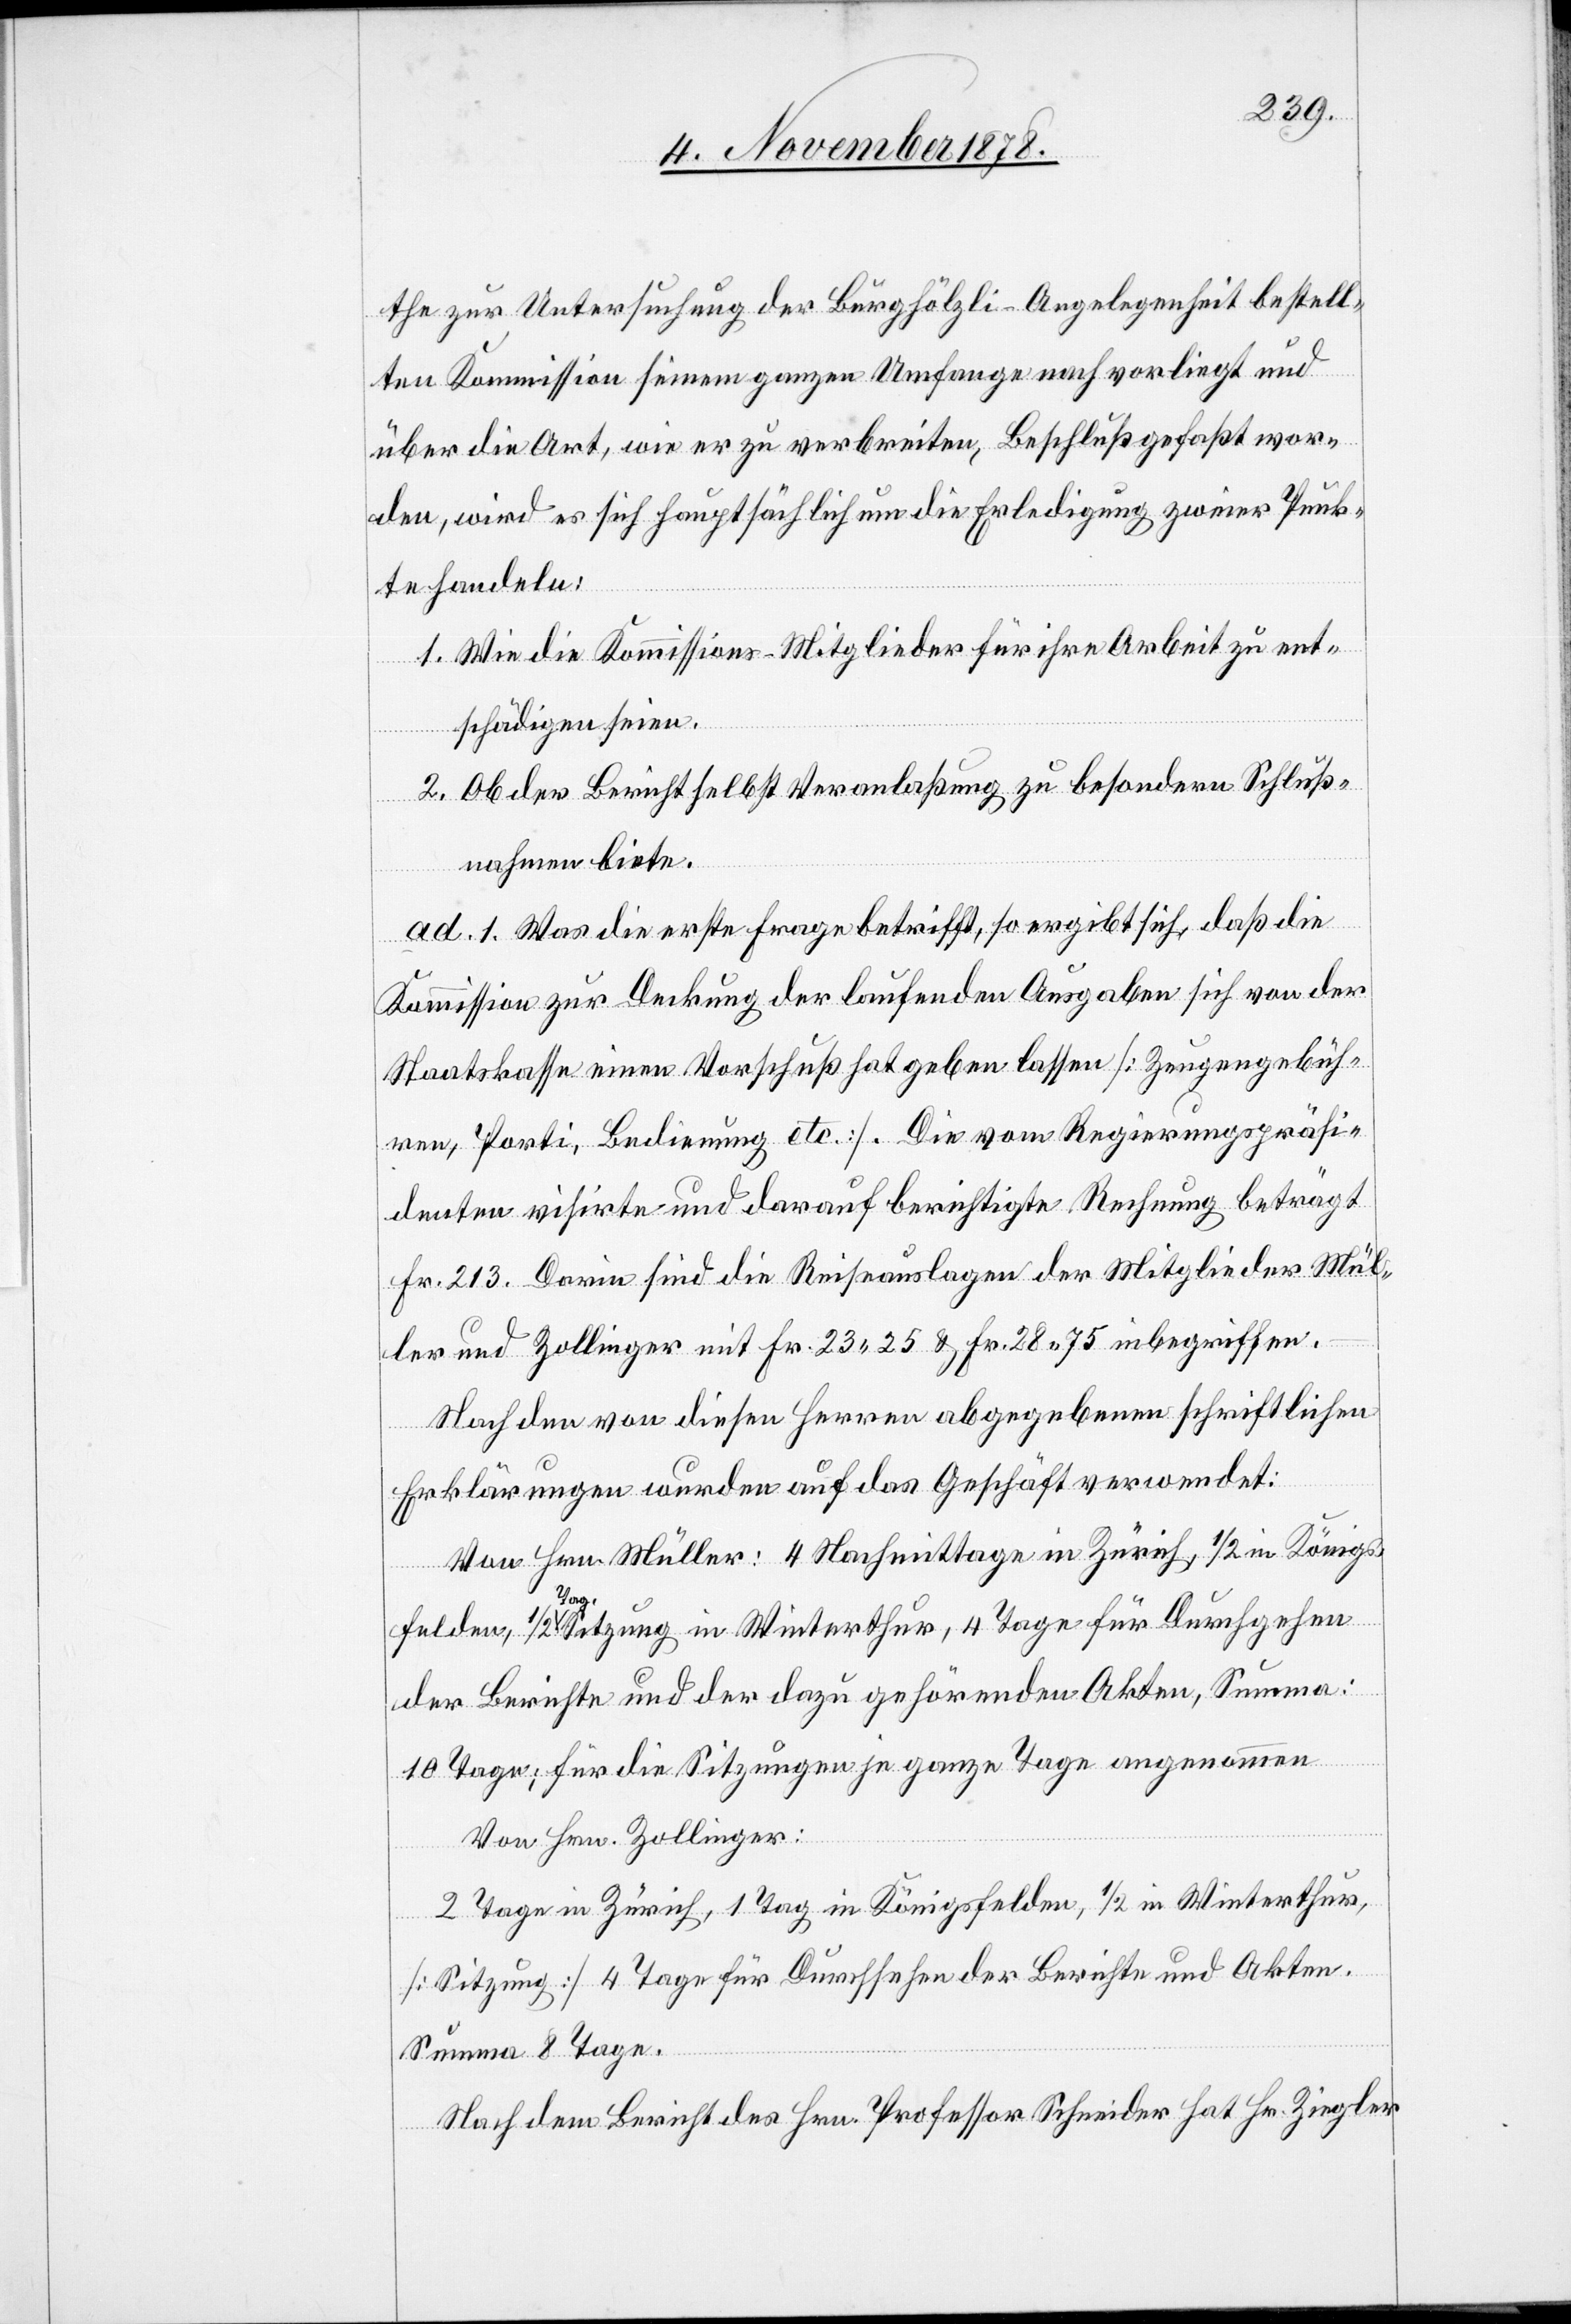
the zur Untersuchung der Burghölzli-Angelegenheit bestell¬
ten Kommission seinem ganzen Umfange nach vorliegt und
über die Art, wie er zu verbreiten, Beschluß gefaßt wor¬
den, wird es sich hauptsächlich um die Erledigung zweier Punk¬
te handeln:
1. Wie die Kommissions-Mitglieder für ihre Arbeit zu ent¬
schädigen seien.
2. Ob der Bericht selbst Veranlaßung zu besondern Schluß¬
nahmen biete.
ad. 1. Was die erste Frage betrifft, so ergibt sich, daß die
Kommission zur Deckung der laufenden Ausgaben sich von der
Staatskasse einen Vorschuß hat geben lassen [Zeugengebüh¬
ren, Porti, Bedingung etc.]. Die vom Regierungspräsi¬
denten visirte und darauf berichtigte Rechnung beträgt
Fr. 213. Darin sind die Reiseauslagen der Mitglieder d¬
ler und Zollinger mit Fr. 23 25 & Fr. 28 75 inbegriffen.
Nach dem von diesen Herren abgegebenen schriftlichen
Erklärungen wurden auf das Geschäft verwendet:
Von Hrn. Müller: 4 Nachmittage in Zürich, 1/2 in Königs¬
Mül¬
felden, 1/2 Tagsatzung in Winterthur, 4 Tage für Durchgehen
der Berichte und der dazu gehörenden Akten, Summa:
10 Tage; für die Sitzungen je ganze Tage angenommen
Von Hrn. Zollinger:
er
2 Tage in Zürich, 1 Tag in Königsfelden, 1/2 in Winterthur,
[Sitzung] 4 Tage für Durchsehen der Berichte und Akten.
Summa 8 Tage.
Nach dem Bericht des Hrn. Professor Schneider hat Hr. Ziegler